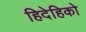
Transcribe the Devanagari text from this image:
हिदेहिको